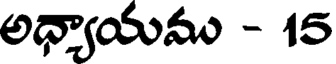
అధ్యాయము - 15